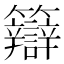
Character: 䉸